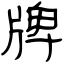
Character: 牌